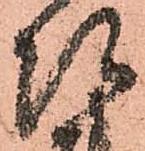
次